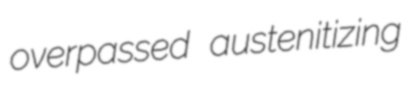
overpassed austenitizing